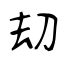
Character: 刧